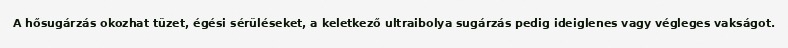
A hősugárzás okozhat tüzet, égési sérüléseket, a keletkező ultraibolya sugárzás pedig ideiglenes vagy végleges vakságot.